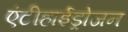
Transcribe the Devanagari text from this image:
एंटीहाईड्रोजन